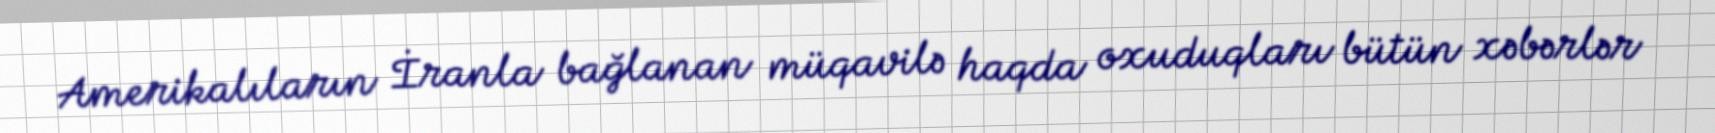
Amerikalıların İranla bağlanan müqavilə haqda oxuduqları bütün xəbərlər